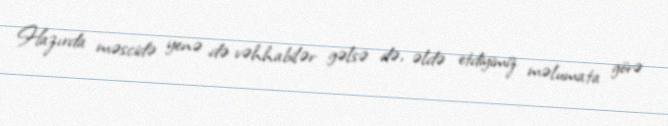
Hazırda məscidə yenə də vəhhabilər gəlsə də, əldə etdiyimiz məlumata görə